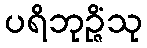
ပရိဘုဉ္ဇိံသု